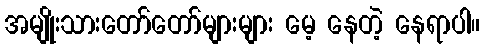
အမျိုးသားတော်တော်များများ မေ့ နေတဲ့ နေရာပါ။